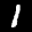
Label: 1